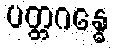
ပတ္တဂန္ဓေ